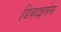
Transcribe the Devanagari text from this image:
डिव्हाइसेस